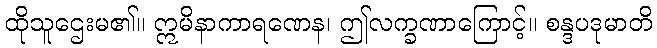
ထိုသူဌေးမ၏။ ဣမိနာကာရဏေန၊ ဤလက္ခဏာကြောင့်။ စန္ဒပဒုမာတိ